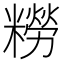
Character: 𫃑